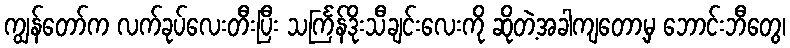
ကျွန်တော်က လက်ခုပ်လေးတီးပြီး သင်္ကြန်ဒိုးသီချင်းလေးကို ဆိုတဲ့အခါကျတော့မှ ဘောင်းဘီတွေ၊